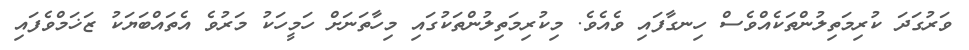
ވަރުގަދަ ކުރިމަތިލުންތަކެއްވެސް ހިނގާފައި ވެއެވެ. މިކުރިމަތިލުންތަކުގައި މިހާތަނަށް ހަމީހަކު މަރުވެ އެތައްބަޔަކު ޒަޚަމްވެފައި